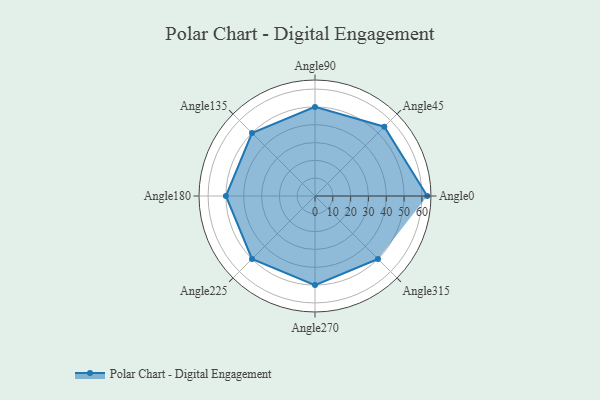
{"axis": {"x": "Angle", "y": "Radius"}, "legend": [""], "data": [{"x": "Angle0", "y": 63.0, "type": ""}, {"x": "Angle45", "y": 55.0, "type": ""}, {"x": "Angle90", "y": 50, "type": ""}, {"x": "Angle135", "y": 50, "type": ""}, {"x": "Angle180", "y": 50, "type": ""}, {"x": "Angle225", "y": 50, "type": ""}, {"x": "Angle270", "y": 50, "type": ""}, {"x": "Angle315", "y": 50, "type": ""}]}